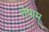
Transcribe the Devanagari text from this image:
तेषाम्